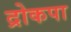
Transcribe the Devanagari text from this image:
द्रोकपा